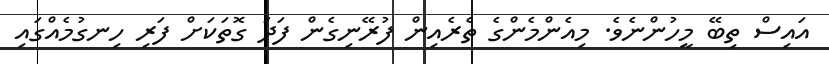
އައިސް ތިބޭ މީހުންނެވެ. މިއެންމެންގެ ތެރެއިން ފުރޭނިގެން ފަދަ ގޮތަކަށް ފަރި ހިނގުމެއްގައި